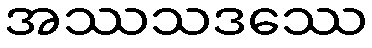
အဿသဒဿေ